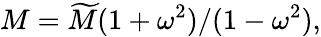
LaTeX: M=\widetilde{M}(1+\omega^{2})/(1-\omega^{2}),